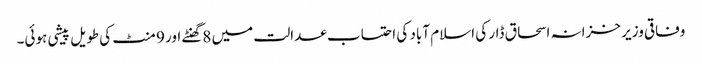
وفاقی وزیر خزانہ اسحاق ڈار کی اسلام آباد کی احتساب عدالت میں 8گھنٹے اور 9 منٹ کی طویل پیشی ہوئی۔